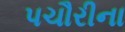
પચૌરીના